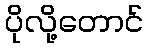
ပိုလို့တောင်